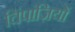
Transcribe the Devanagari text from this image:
चिंपांज़ियों